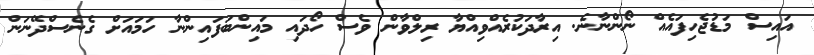
އައިސް މަޑުޖެހިފައެއް ނޯންނާނެ. އިރާދަކުރެއްވިއްޔާ ރިލްވާން ވެސް ހޯދައި މައިންބަފައިންނާ ހަމައަށް ގެނެސްދޭނަން